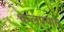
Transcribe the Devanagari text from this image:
कलण्यास